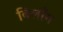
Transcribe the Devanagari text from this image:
बिलाँग